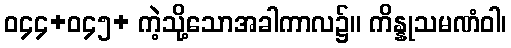
ဝ၄၄+ဝ၄၅+ ကဲ့သို့သောအခါကာလ၌။ ကိန္နုသမဏံဝါ၊